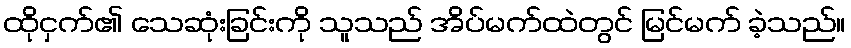
ထိုငှက်၏ သေဆုံးခြင်းကို သူသည် အိပ်မက်ထဲတွင် မြင်မက် ခဲ့သည်။